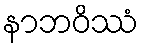
နာဘဝိဿံ